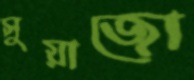
সুয়াজো